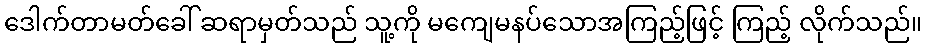
ဒေါက်တာမတ်ခေါ် ဆရာမှတ်သည် သူ့ကို မကျေမနပ်သောအကြည့်ဖြင့် ကြည့် လိုက်သည်။